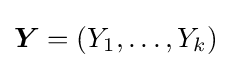
{\boldsymbol {Y}}=(Y_{1},\dots ,Y_{k})